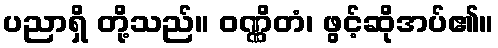
ပညာရှိ တို့သည်။ ဝဏ္ဏိတံ၊ ဖွင့်ဆိုအပ်၏။